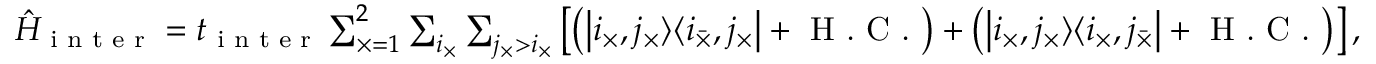
\begin{array} { r } { \hat { H } _ { \textrm { i n t e r } } = t _ { \textrm { i n t e r } } \sum _ { \times = 1 } ^ { 2 } \sum _ { i _ { \times } } \sum _ { j _ { \times } > i _ { \times } } \left[ \left( \left| i _ { \times } , j _ { \times } \rangle \langle i _ { \bar { \times } } , j _ { { \times } } \right| + \textrm { H . C . } \right) + \left( \left| i _ { \times } , j _ { \times } \rangle \langle i _ { { \times } } , j _ { \bar { \times } } \right| + \textrm { H . C . } \right) \right] , } \end{array}